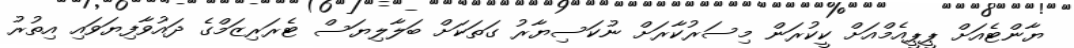
ޔާންޓެއަށް ޕީޕީއެމްއަށް ކީކުރަން މިސަރުކާރަށް ނުކަސިޔާރު ގަތަކަށް ބަލާލިޔަސް ޓެރަރިޒަމްގެ ދައުވާފިޔަވައި އިތުރު